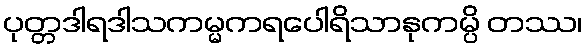
ပုတ္တဒါရဒါသကမ္မကရပေါရိသာနုကမ္ပိ တဿ၊